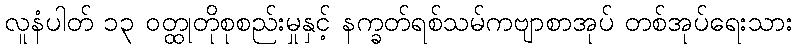
လူနံပါတ် ၁၃ ဝတ္ထုတိုစုစည်းမှုနှင့် နက္ခတ်ရစ်သမ်ကဗျာစာအုပ် တစ်အုပ်ရေးသား